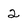
Character: 2